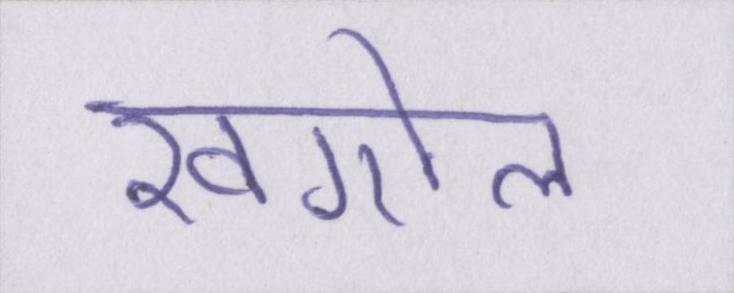
खगोल